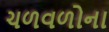
ચળવળોના